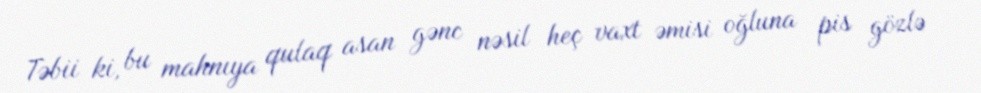
Təbii ki, bu mahnıya qulaq asan gənc nəsil heç vaxt əmisi oğluna pis gözlə